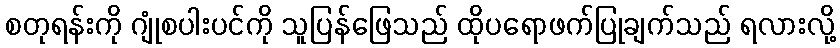
စတုရန်းကို ဂျုံစပါးပင်ကို သူပြန်ဖြေသည် ထိုပရောဖက်ပြုချက်သည် ရလားလို့